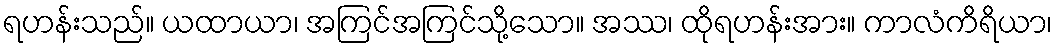
ရဟန်းသည်။ ယထာယာ၊ အကြင်အကြင်သို့သော။ အဿ၊ ထိုရဟန်းအား။ ကာလံကိရိယာ၊